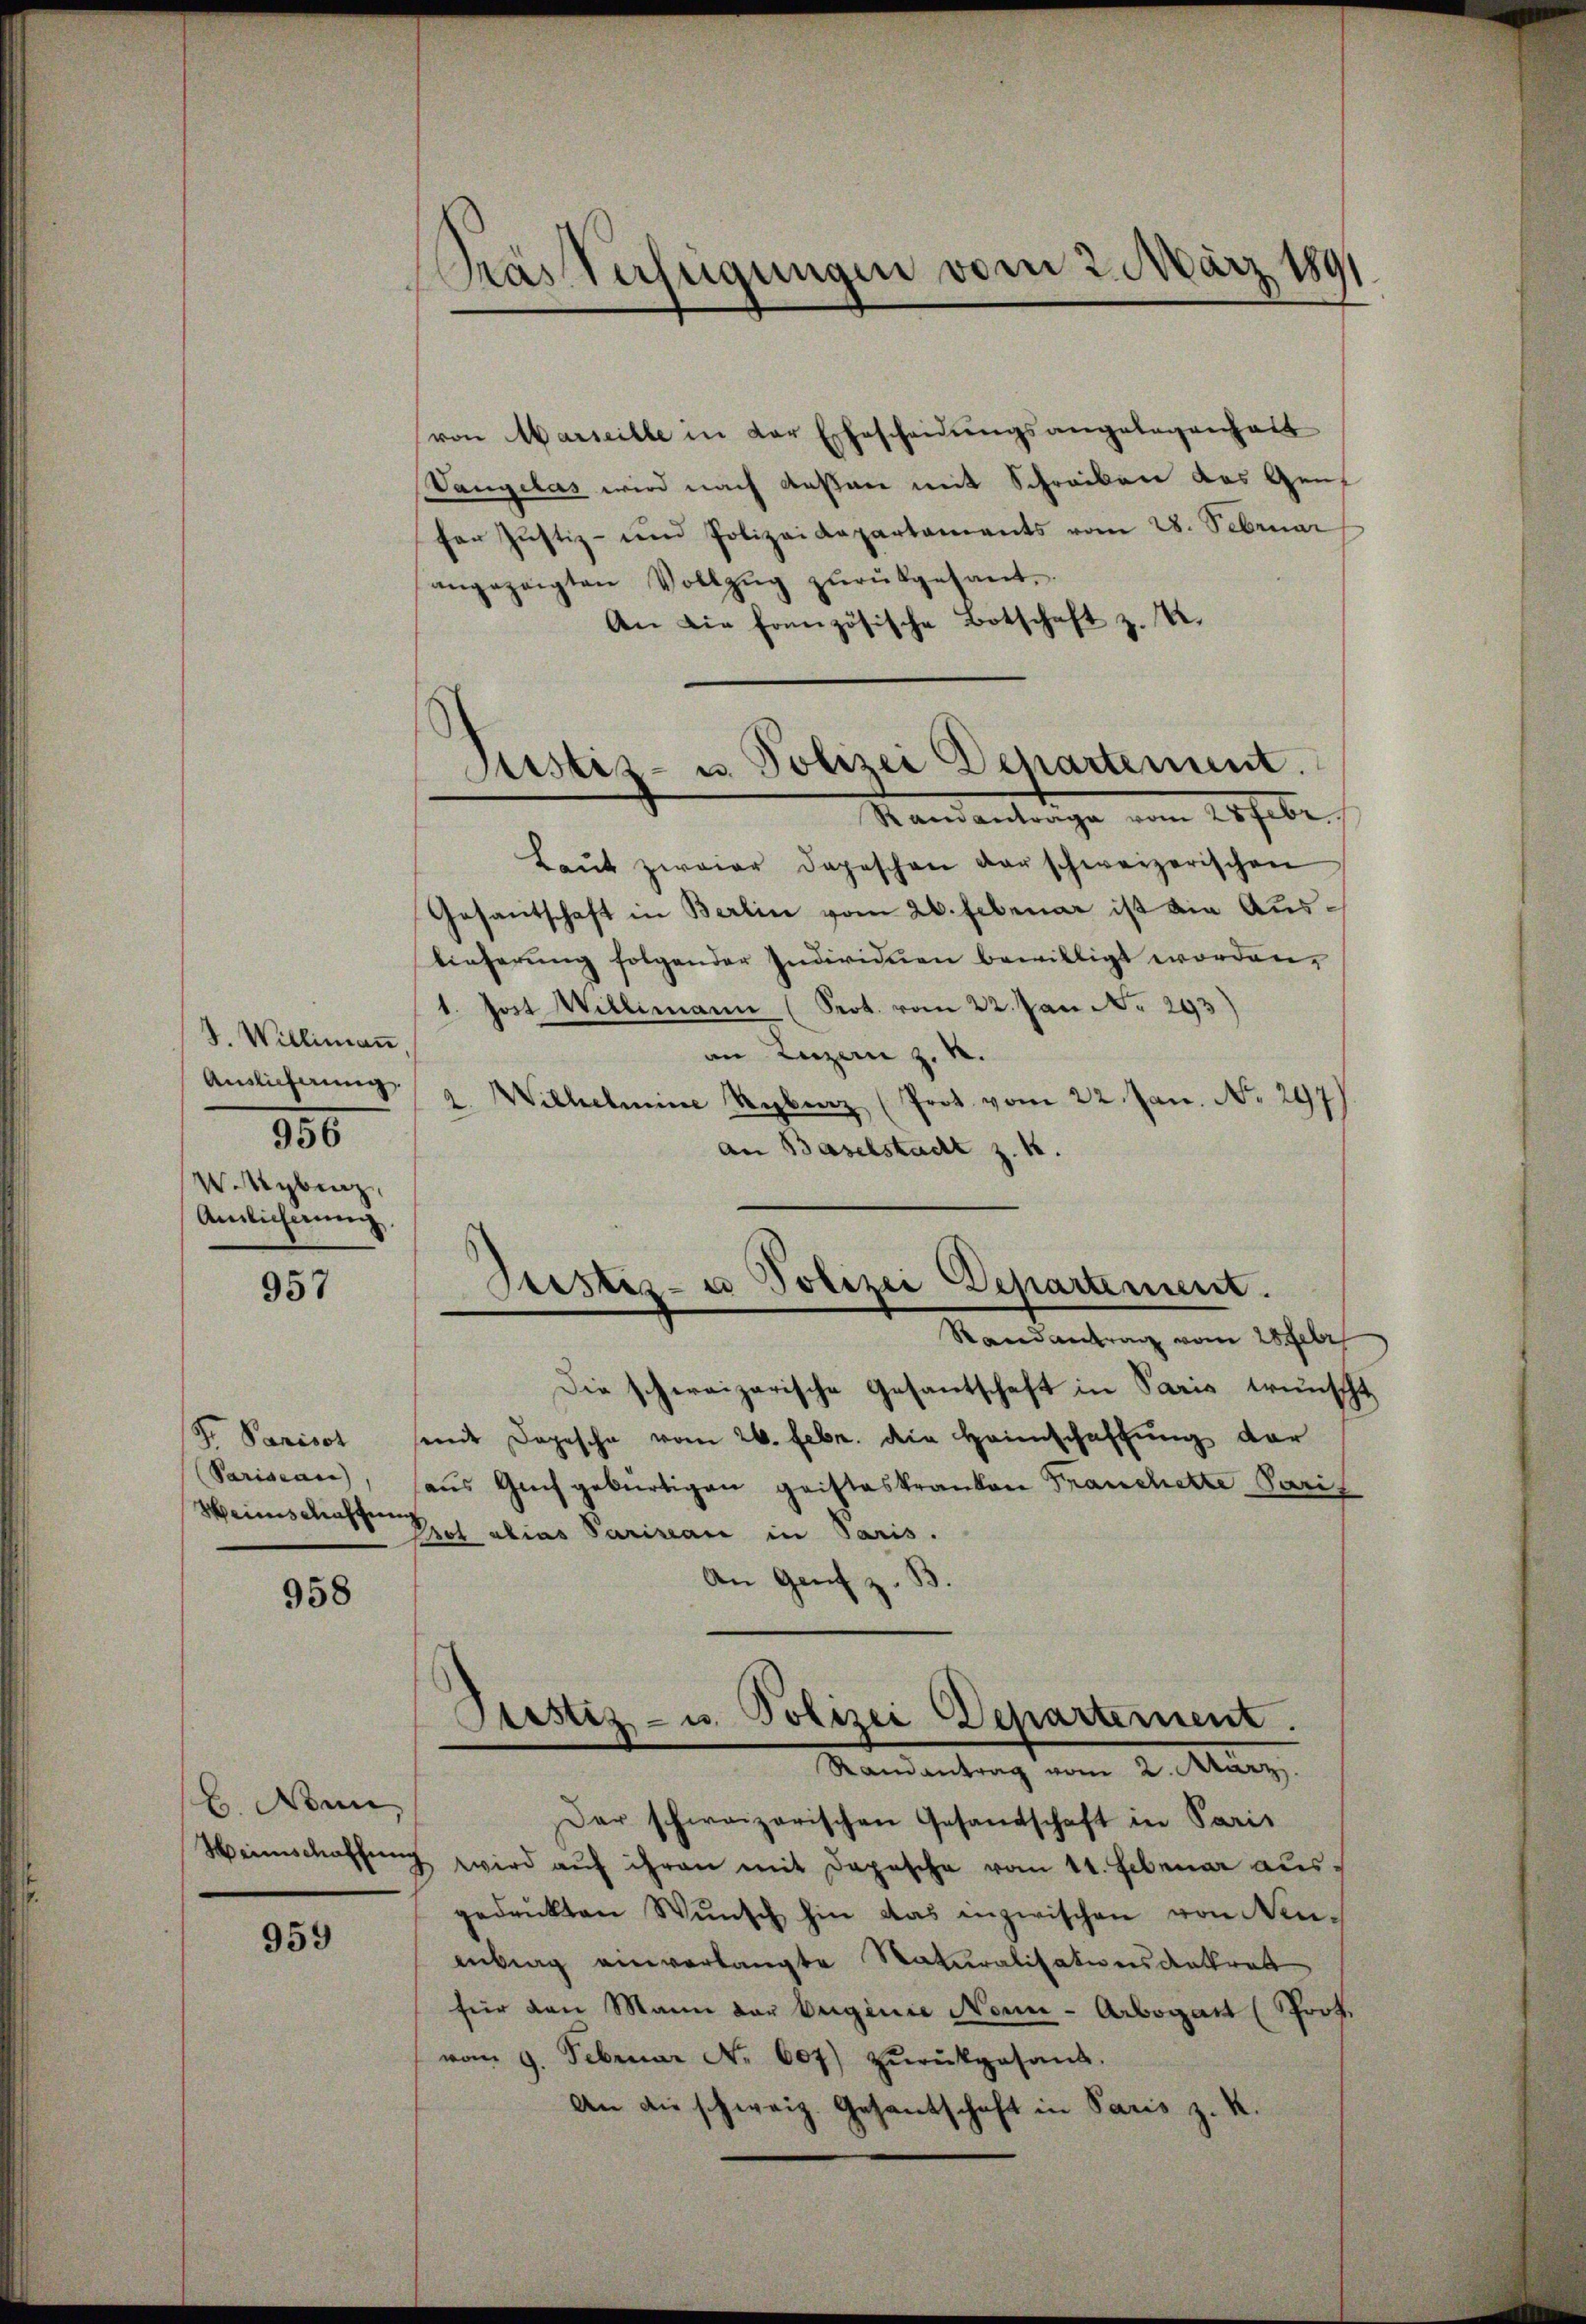
4. Willimaṅ,
Auslieferung
956
W.Sybinz
Anlicherung

957

S. Parisat
(Parisean)
Weinschaffen

958

b. Nun,

959

Krasterfügungen vom 2. März 189

von Marseille in der Ehescheidungsangelegenheit
Vangelas wird nach Außen mit Schreiben das Gen
fer Justiz- und Polizeidepartaments vom 28. Februar
angezeigten Vollzŭg zŭrückgesant.
An die französische Botschaft z. B.
Ramantrage vom 28 Febr.
Laŭt zwaier Depeschen der schweizerischen
Gesantschaft in Berlin vom 26. Februar ist die Auslieferŭng folgender Individuen bewilligt worden,
1. Jost Willimann (Prot. vom 22. Jan N. 293)
an Luzern z. B.
2. Wilhelmine Rybraz (Prot. vom 22. Jan. No. 297)
an Baselstadt z. B.
Stestiz- u Polizei Departement.
Randantrag vom 28 Febr
Die schweizerische Gesantschaft in Paris wünscht,
mit Depesche vom 26. Febr. die Heimschaffung der
aŭs Gŭch gebürtigen geisteskranken Franchette Pari
Brot alias Pariseau in Paris.
An Genf z.
¬
Justiz- u. Polizei Departement.
Randantrag vom 2. März.
Der schweizerischen Gesandschaft in Paris
Weinschaffŭng wird aŭf ihren mit Depesche vom 11. Februar aus.
gedruckten Wunsch hin das inzwischen von Neu-
antrag einverlangte Naturalisationsdatrat
für den Mann der beginie Nonn- Arbogart (Prof.
vom 9. Februar No. 607) zŭrückgesand.
An die schweiz. Gesantschaft in Paris z. K.

Justiz- u. Polizei Departement.